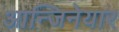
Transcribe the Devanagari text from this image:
आन्जिनेयार